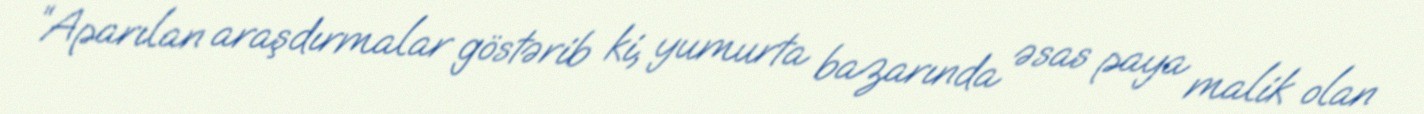
“Aparılan araşdırmalar göstərib ki, yumurta bazarında əsas paya malik olan